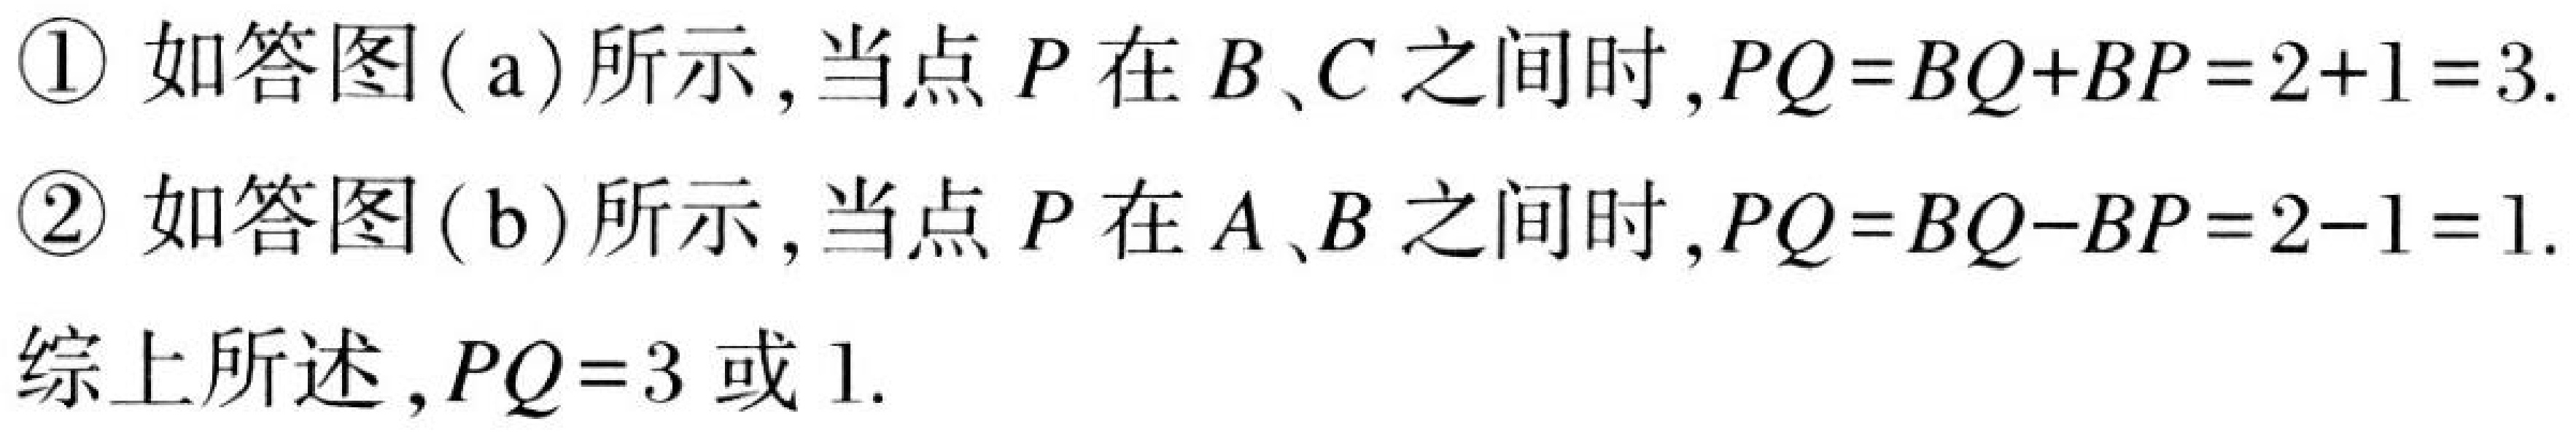
\textcircled{1} 如答图(a)所示,当点$P$在$B、C$之间时,$PQ = BQ+BP = 2 + 1 = 3$.
\textcircled{2} 如答图(b)所示,当点$P$在$A、B$之间时,$PQ = BQ - BP = 2 - 1 = 1$.
综上所述,$PQ = 3$或$1$.